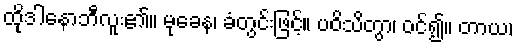
ထိုဒါနောဘီလူး၏။ မုခေန၊ ခံတွင်းဖြင့်။ ပဝိသိတွာ၊ ဝင်၍။ တာယ၊